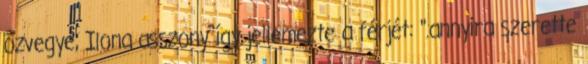
özvegye, Ilona asszony így jellemezte a férjét: ".annyira szerette